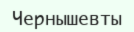
Чернышевты